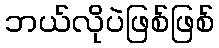
ဘယ်လိုပဲဖြစ်ဖြစ်